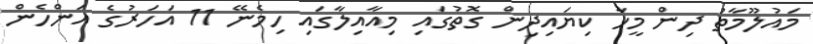
މައުލޫމާތު ދިން މީހާ ކިޔައިދިން ގޮތުގައި މިއާއިލާގައި ހިމެނޭ 11 އަހަރުގެ އަންހެން